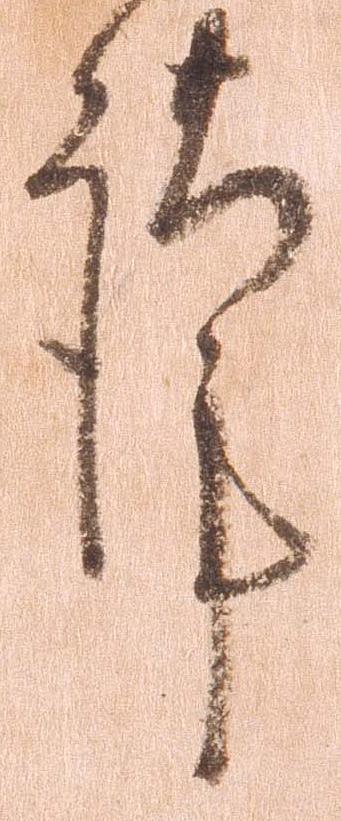
謹